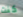
كنت